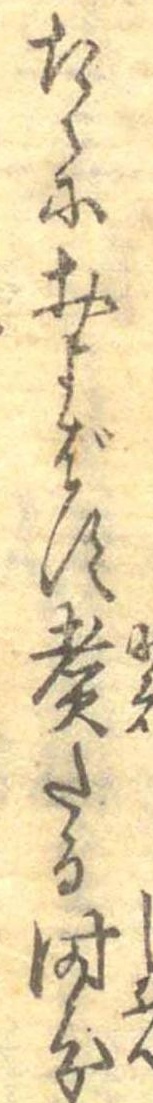
たくにおよばず煮たる時分